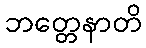
ဘတ္တေနာတိ